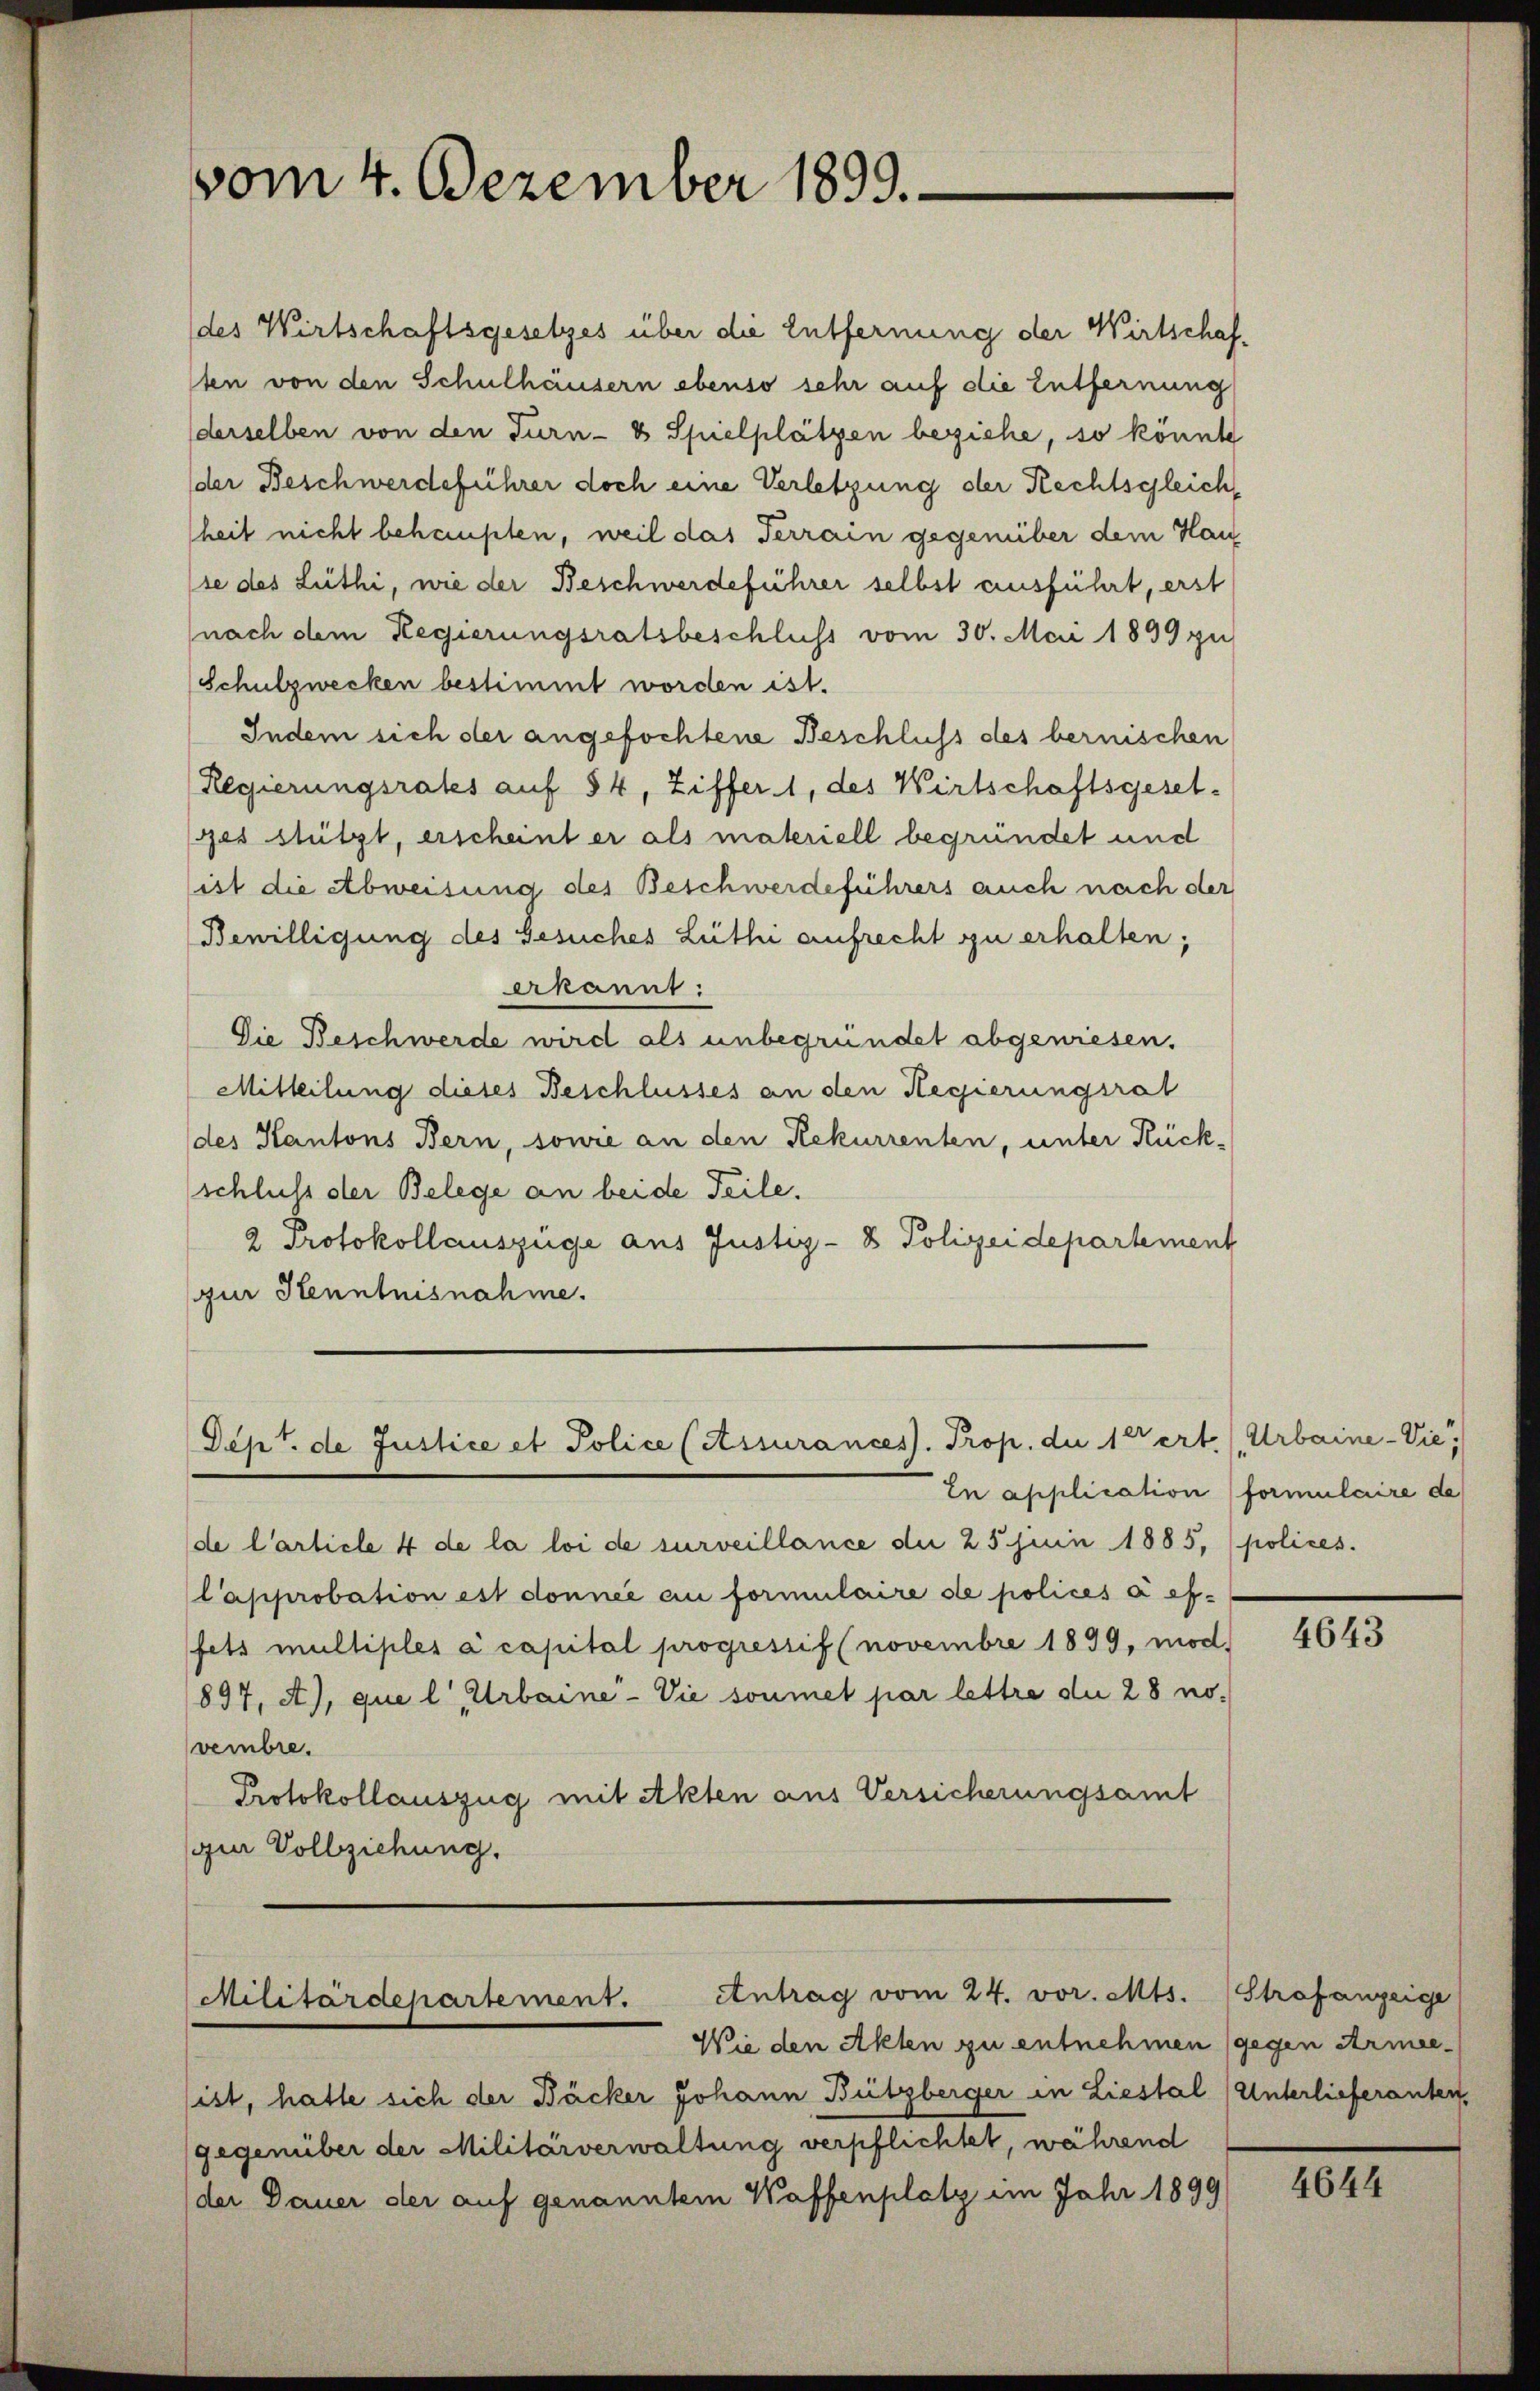
vom 4. Dezember 1899.

Dept. de Justice et Police (Stisurancess. Prop. die 1tert (Urbaine Vie

Antrag vom 24. vor. Mts. Strafanzeige
cnilitärdepartement.
Wie den Akten zu entnehmen (gegen Armee-

(des Wirtschaftsgesetzes über die Entfernung der Wirtschaflten von den Schulhäusern ebenso sehr auf die Entfernung
derselben von den Turn- & Spielplätzen beziehe, so könnte
der Beschwerdeführer doch eine Verletzung der Rechtsgleich,
heit nicht behaupten, weil das Terrain gegenüber dem Hau
(se des Lüthi, wie der Beschwerdeführer selbst ausführt, erst
(nach dem Regierungsratsbeschluss vom 30. Mai 1899 zu
Schulzwecken bestimmt worden ist.
Indem sich der angefochtene Beschluss des bernischen
Regierungsrates auf 84, Ziffer 1, des Wirtschaftsgesel-
ges stützt, erscheint er als materiell begründet und
ist die Abweisung des Beschwerdeführers auch nach der
Bewilligung des Gesuches Lüthi aufrecht zu erhalten;
Akannt:
Die Beschwerde wird als unbegründet abgewiesen.
Mitteilung dieses Beschlusses an den Regierungsrat
(des Kantons Bern, sowie an den Rekurrenten, unter Rückschluss der Belege an beide Teile.
2 Protokollauszüge aus Justiz- & Polizeidepartement
zur Kenntnisnahme.

En application formulaire de
de Carticle 4 de la loi de surveillance der 25. Juni 1885, polices.
Capprobation est donnée au formulaire de polices à effets multiples a capital progressif (novembre 1899, mod
897, A), que l, Urbaine-Vie soumet par lettre die 28 novembre.
Protokollauszug mit Akten aus Versicherungsamt
(zur Vollziehung.

sist, hatte sich der Bäcker Johann Bützberger in Liestal (Unterlieferanten,
(gegenüber der Militärverwaltung verpflichtet, während
der Dauer der auf genanntem Waffenplatz im Jahr 1899

4643

4644